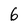
Character: 6